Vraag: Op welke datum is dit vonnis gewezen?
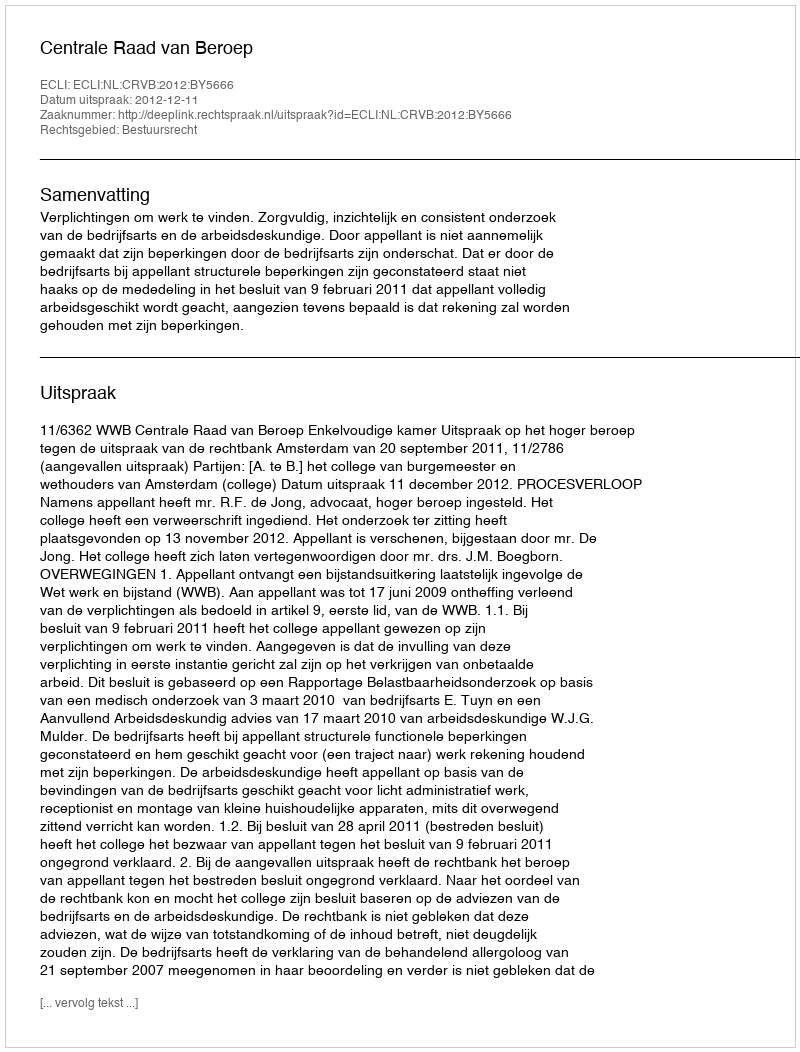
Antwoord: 2012-12-11